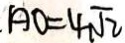
A O = 4 \sqrt { 2 }